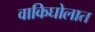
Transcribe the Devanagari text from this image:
वाकिघोलात